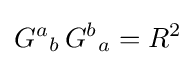
{G^{a}}_{b}\,{G^{b}}_{a}=R^{2}